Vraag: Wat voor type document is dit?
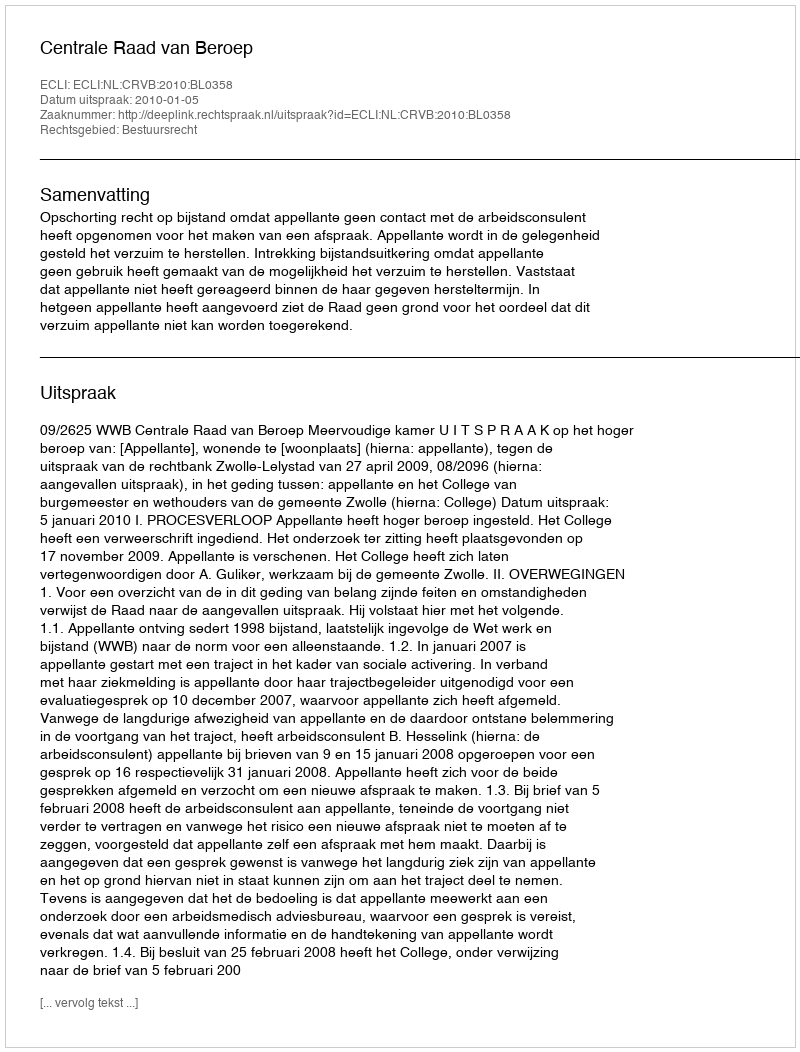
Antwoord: Uitspraak